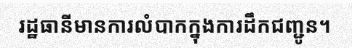
រដ្ឋធានីមានការលំបាកក្នុងការដឹកជញ្ជូន។